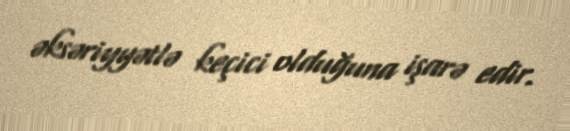
əksəriyyətlə keçici olduğuna işarə edir.